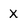
Character: X